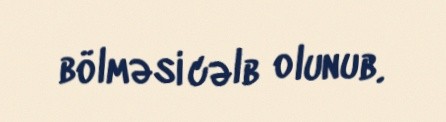
bölməsi cəlb olunub.